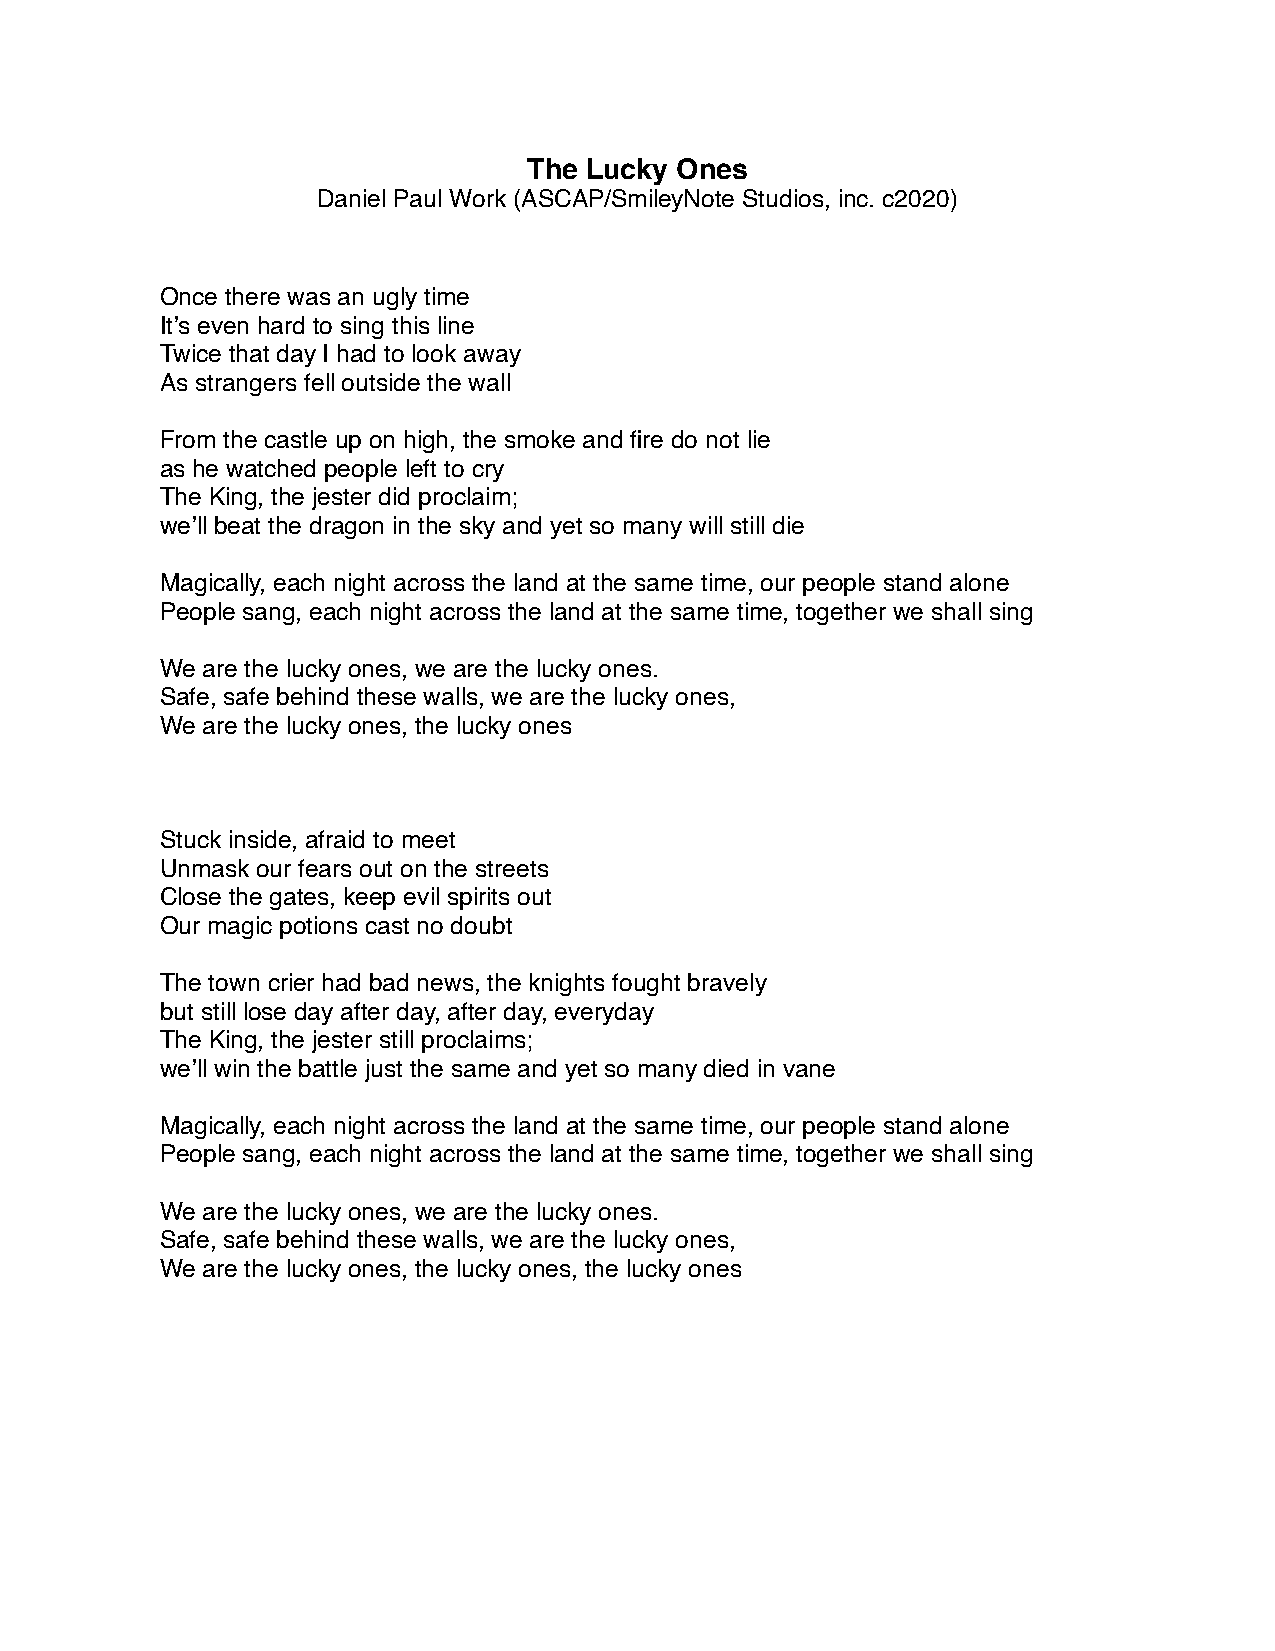
The Lucky Ones
 Daniel Paul Work (ASCAP/SmileyNote Studios, inc. c2020)
 Once there was an ugly time
 It’s even hard to sing this line
 Twice that day I had to look away
 As strangers fell outside the wall
 From the castle up on high, the smoke and fire do not lie
 as he watched people left to cry
 The King, the jester did proclaim;
 we’ll beat the dragon in the sky and yet so many will still die
 Magically, each night across the land at the same time, our people stand alone
 People sang, each night across the land at the same time, together we shall sing
 We are the lucky ones, we are the lucky ones.
 Safe, safe behind these walls, we are the lucky ones,
 We are the lucky ones, the lucky ones
 Stuck inside, afraid to meet
 Unmask our fears out on the streets
 Close the gates, keep evil spirits out
 Our magic potions cast no doubt
 The town crier had bad news, the knights fought bravely
 but still lose day after day, after day, everyday
 The King, the jester still proclaims;
 we’ll win the battle just the same and yet so many died in vane
 Magically, each night across the land at the same time, our people stand alone
 People sang, each night across the land at the same time, together we shall sing
 We are the lucky ones, we are the lucky ones.
 Safe, safe behind these walls, we are the lucky ones,
 We are the lucky ones, the lucky ones, the lucky ones